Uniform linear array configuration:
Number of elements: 48
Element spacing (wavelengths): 0.5
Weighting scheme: exponential
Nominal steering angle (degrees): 0
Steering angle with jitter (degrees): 1.668
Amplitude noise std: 0.05
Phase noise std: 0.05

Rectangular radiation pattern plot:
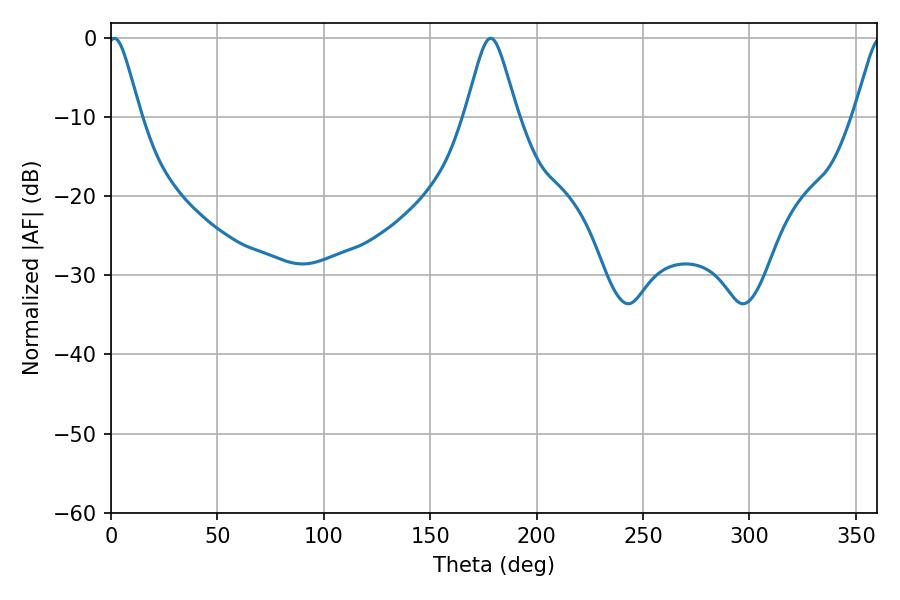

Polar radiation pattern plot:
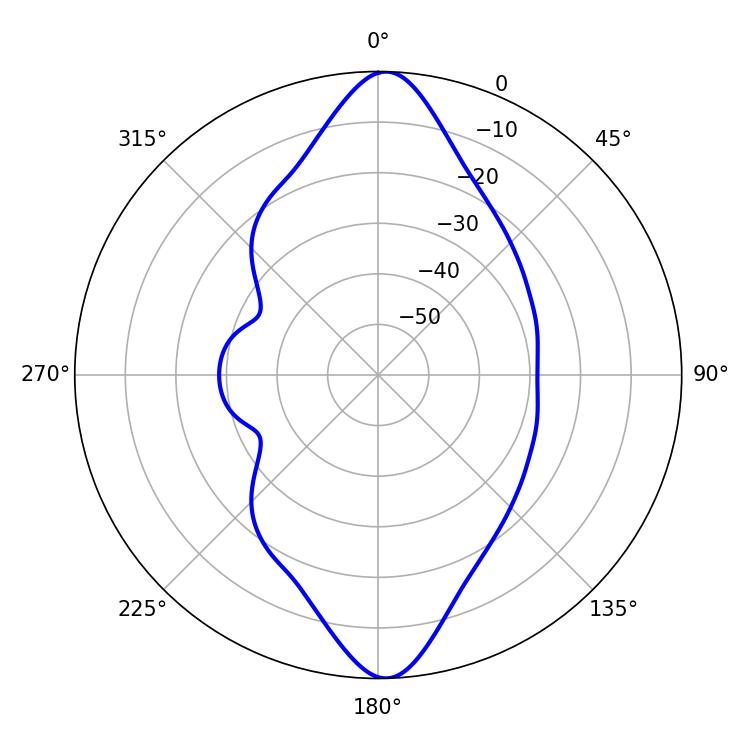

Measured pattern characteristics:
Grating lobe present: FALSE
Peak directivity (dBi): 21.805
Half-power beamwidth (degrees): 7.38
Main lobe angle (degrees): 1.62